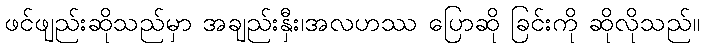
ဖင်ဖျည်းဆိုသည်မှာ အချည်းနှီး၊အလဟဿ ပြောဆို ခြင်းကို ဆိုလိုသည်။